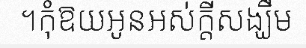
។កុំឱយអូនអស់ក្តីសង្ឃឹម